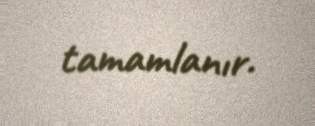
tamamlanır.